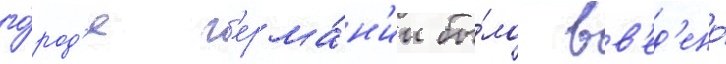
го́род'е г'ерма́н'ии бы́ло вв'ед'ено́